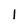
Character: l